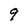
Character: 9